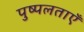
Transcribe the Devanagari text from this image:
पुष्पलताएँ